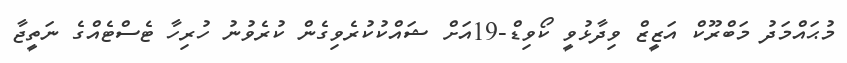
މުޙައްމަދު މަބްރޫކް އަޒީޒް ވިދާޅުވީ ކޯވިޑް-19އަށް ޝައްކުކުރެވިގެން ކުރެވުނު ހުރިހާ ޓެސްޓެއްގެ ނަތީޖާ